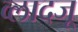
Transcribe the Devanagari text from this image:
व्लादजू